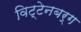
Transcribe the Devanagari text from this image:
विट्टेनबर्ग